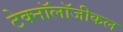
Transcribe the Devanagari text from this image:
टेक्नॉलॉजीकल